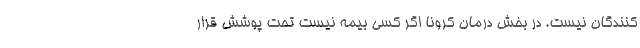
کنندگان نیست. در بخش درمان کرونا اگر کسی بیمه نیست تحت پوشش قرار